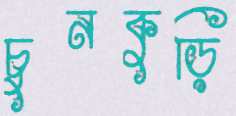
চুনকুড়ি